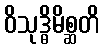
ဝိသုဒ္ဓိမိစ္ဆတိ